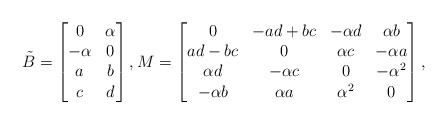
\begin{align*}\tilde{B} = \begin{bmatrix}0 & \alpha\\-\alpha & 0 \\a & b \\c & d\end{bmatrix}, M = \begin{bmatrix}0 & - ad + bc & -\alpha d & \alpha b \\ad - bc & 0 & \alpha c & -\alpha a\\\alpha d & -\alpha c & 0 & -\alpha^2 \\-\alpha b & \alpha a & \alpha^2 & 0\end{bmatrix},\end{align*}